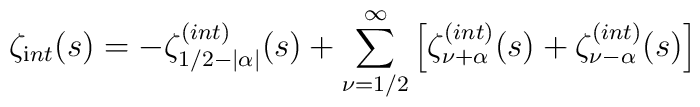
\zeta_{\mathrm int} (s) = - \zeta_{1/2 - |\alpha|}^{\mathrm (int)}(s) + \sum_{\nu = 1/2}^{\infty} \left[ \zeta_{\nu+\alpha}^{\mathrm (int)} (s) +\zeta_{\nu-\alpha}^{\mathrm (int)} (s) \right]